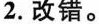
2.改错。